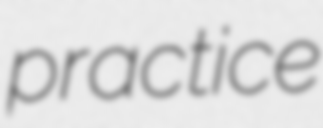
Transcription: practice